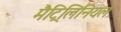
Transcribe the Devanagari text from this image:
मैट्रिलिनियल